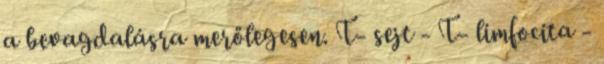
a bevagdalásra merőlegesen. T- sejt - T- limfocita -